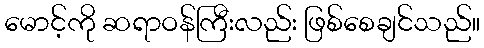
မောင့်ကို ဆရာဝန်ကြီးလည်း ဖြစ်စေချင်သည်။